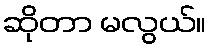
ဆိုတာ မလွယ်။